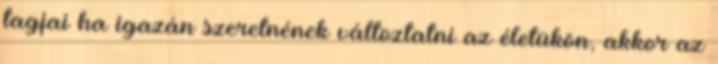
tagjai ha igazán szeretnének változtatni az életükön, akkor az